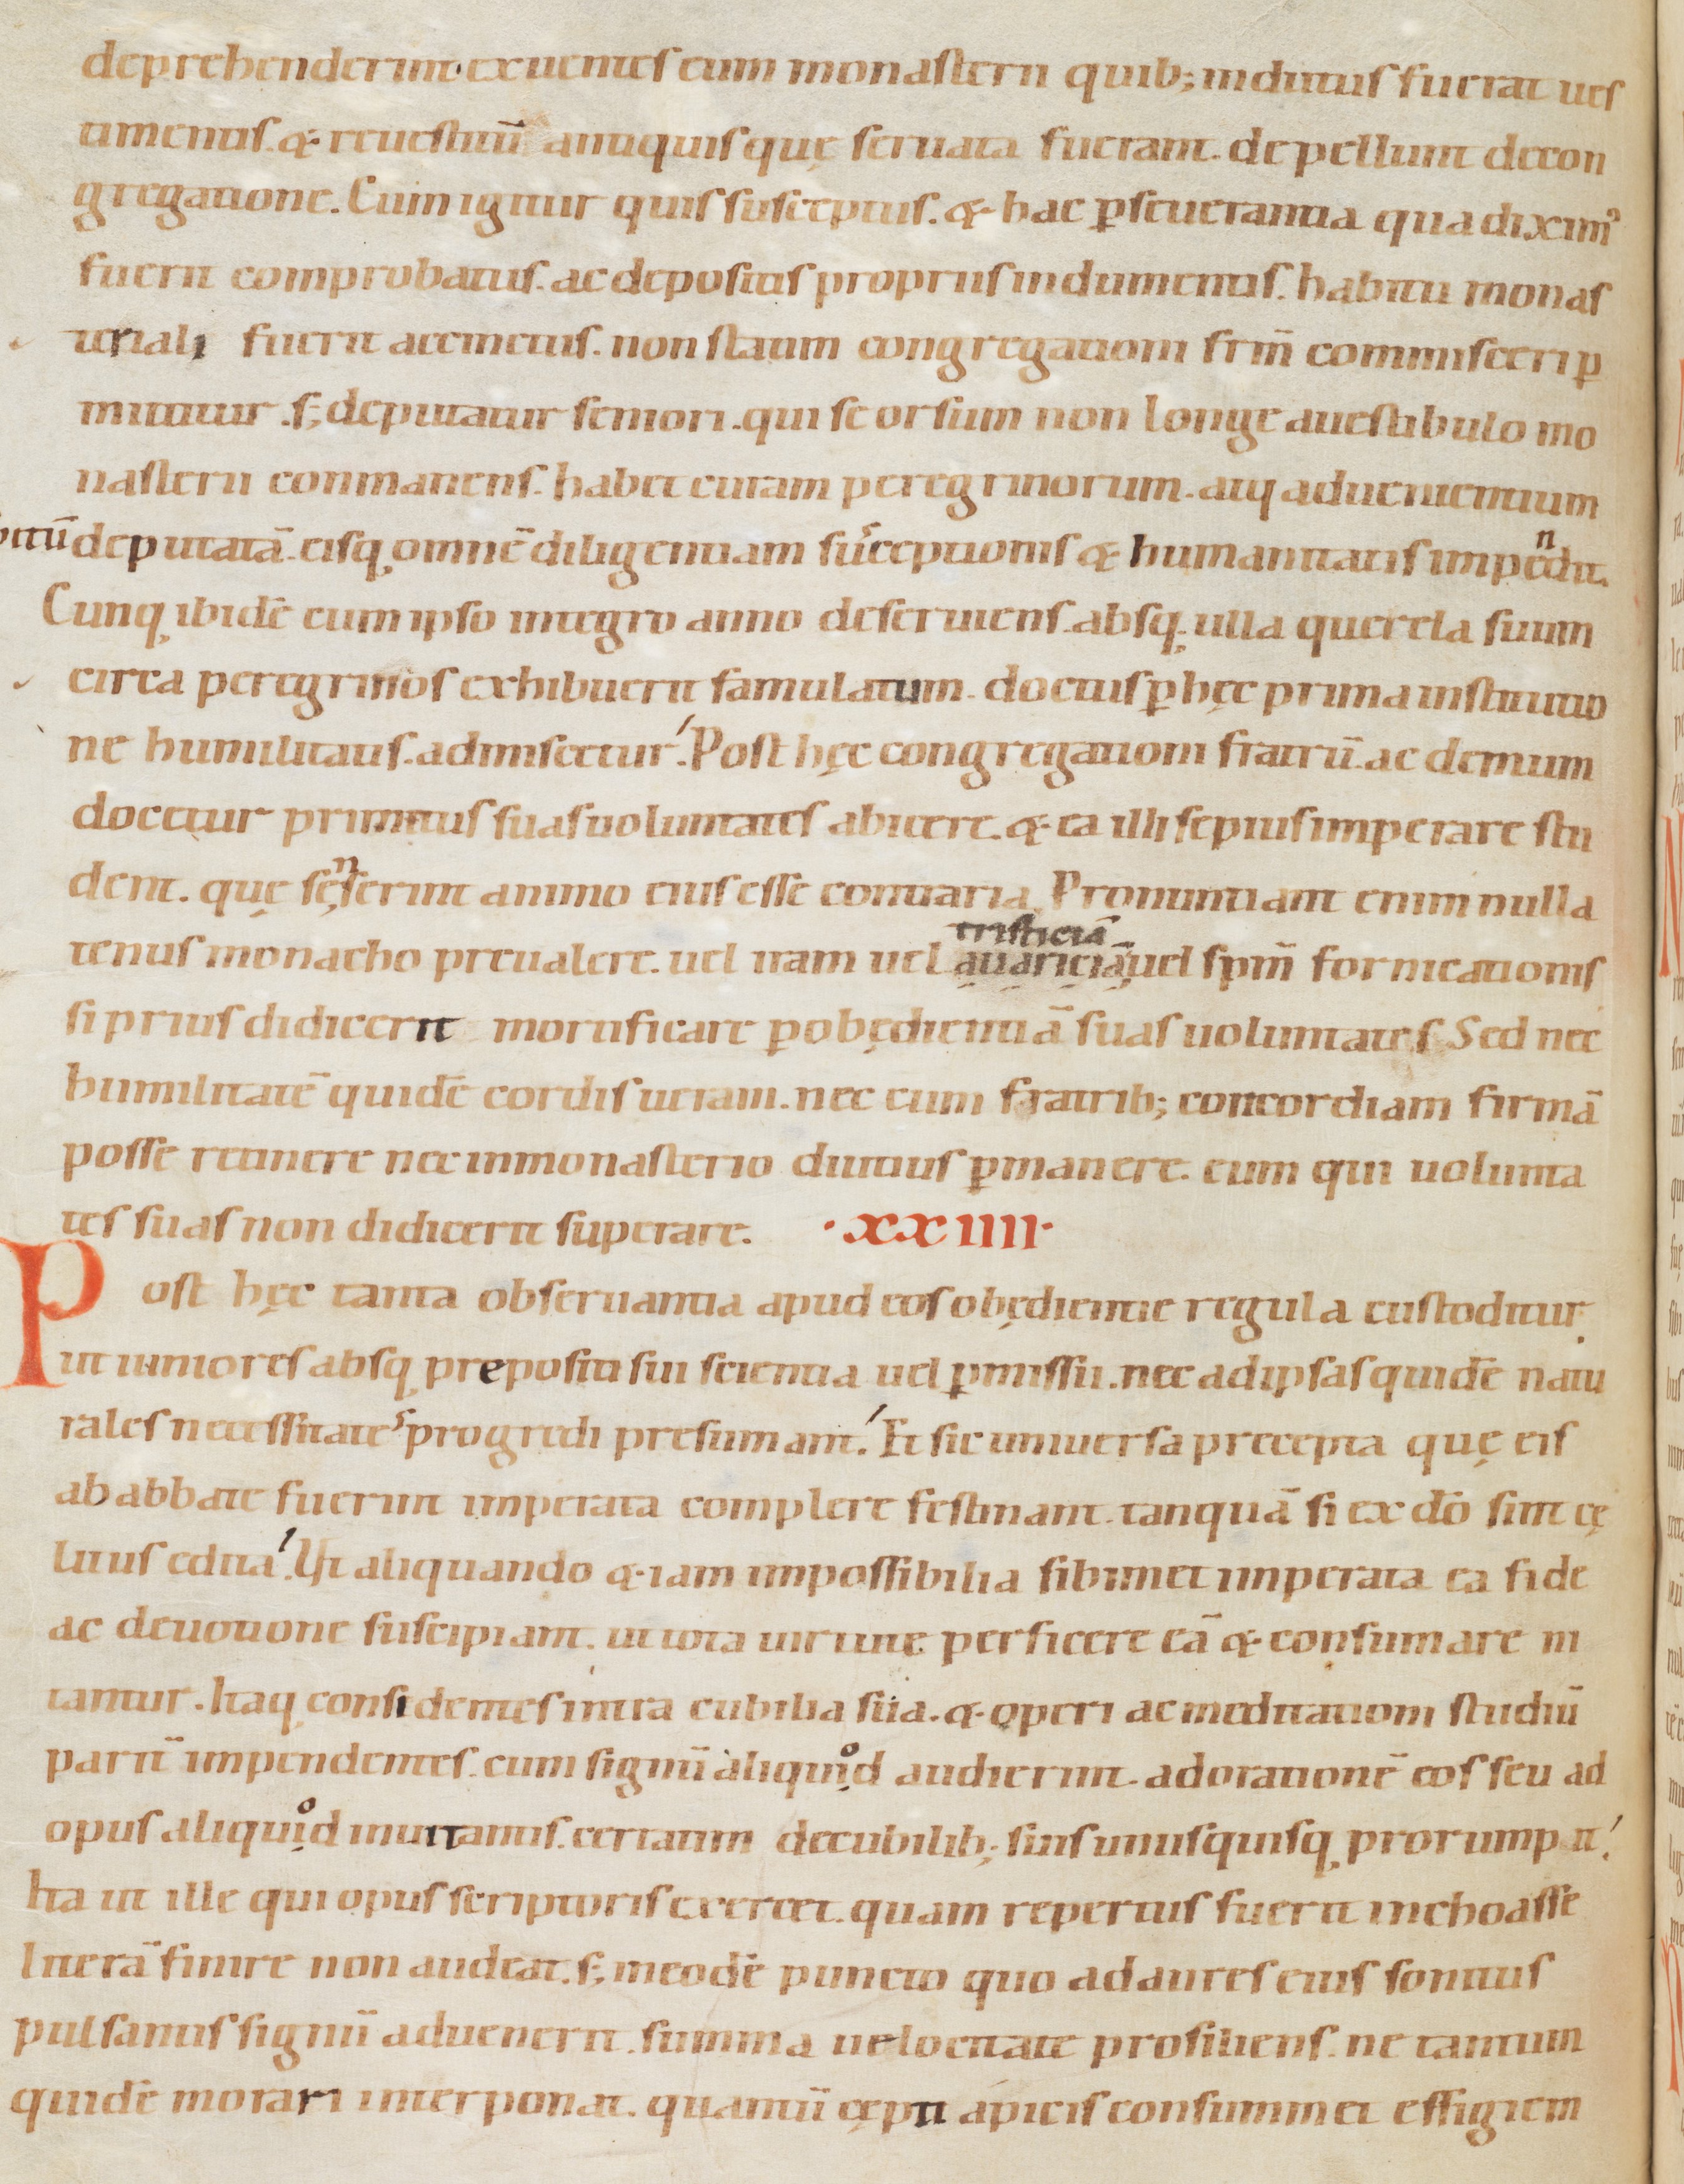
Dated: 1080–1096